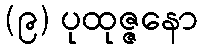
(၉) ပုထုဇ္ဇနော